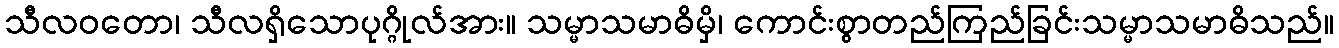
သီလဝတော၊ သီလရှိသောပုဂ္ဂိုလ်အား။ သမ္မာသမာဓိမှိ၊ ကောင်းစွာတည်ကြည်ခြင်းသမ္မာသမာဓိသည်။